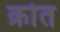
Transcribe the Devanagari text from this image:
क्रोत